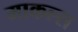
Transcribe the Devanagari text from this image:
माकल्स